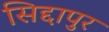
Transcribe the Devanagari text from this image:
सिद्दापुर